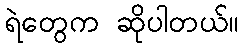
ရဲတွေက ဆိုပါတယ်။